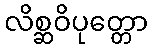
လိစ္ဆဝိပုတ္တော